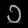
Digit: ၁